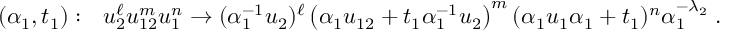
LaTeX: ( \alpha _ { 1 } , t _ { 1 } ) : \ \ u _ { 2 } ^ { \ell } u _ { 1 2 } ^ { m } u _ { 1 } ^ { n } \to ( \alpha _ { 1 } ^ { - 1 } u _ { 2 } ) ^ { \ell } \left( \alpha _ { 1 } u _ { 1 2 } + t _ { 1 } \alpha _ { 1 } ^ { - 1 } u _ { 2 } \right) ^ { m } ( \alpha _ { 1 } u _ { 1 } \alpha _ { 1 } + t _ { 1 } ) ^ { n } \alpha _ { 1 } ^ { - \lambda _ { 2 } } \; .